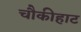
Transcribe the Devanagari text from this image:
चौकीहाट